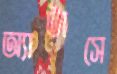
অ্যাটাসে